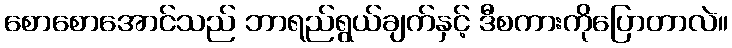
စောစောအောင်သည် ဘာရည်ရွယ်ချက်နှင့် ဒီစကားကိုပြောတာလဲ။